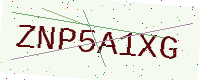
Text: ZNP5A1XG